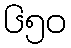
၆၅၀